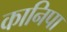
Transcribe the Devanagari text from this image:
कानिपा